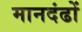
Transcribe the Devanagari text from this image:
मानदंढों